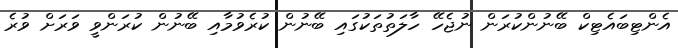
އެންޓިބައެޓިކް ބޭނުންކުރަން ނުޖެހޭ ހާލަތުތަކުގައި ބޭނުން ކުރެވުމާއި ބޭނުން ކުރަންވީ ވަރަށް ވުރެ